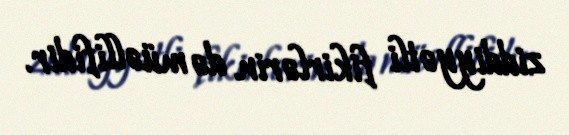
ziddiyyətli fikirlərin də müəllifidir.